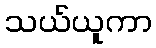
သယ်ယူကာ